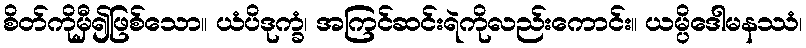
စိတ်ကိုမှီ၍ဖြစ်သော။ ယံပိဒုက္ခံ၊ အကြင်ဆင်းရဲကိုလည်းကောင်း။ ယမ္ပိဒေါမနဿံ၊